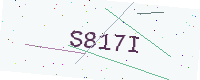
Text: S817I